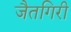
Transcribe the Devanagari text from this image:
जैतगिरी